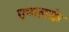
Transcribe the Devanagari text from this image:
एप्पलके